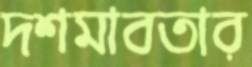
দশমাবতার